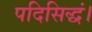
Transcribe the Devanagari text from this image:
पदिसिद्धं।